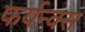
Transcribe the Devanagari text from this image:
फर्यन्क्स